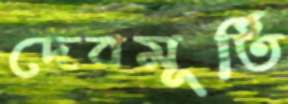
দেবমূর্তি